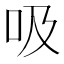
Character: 吸